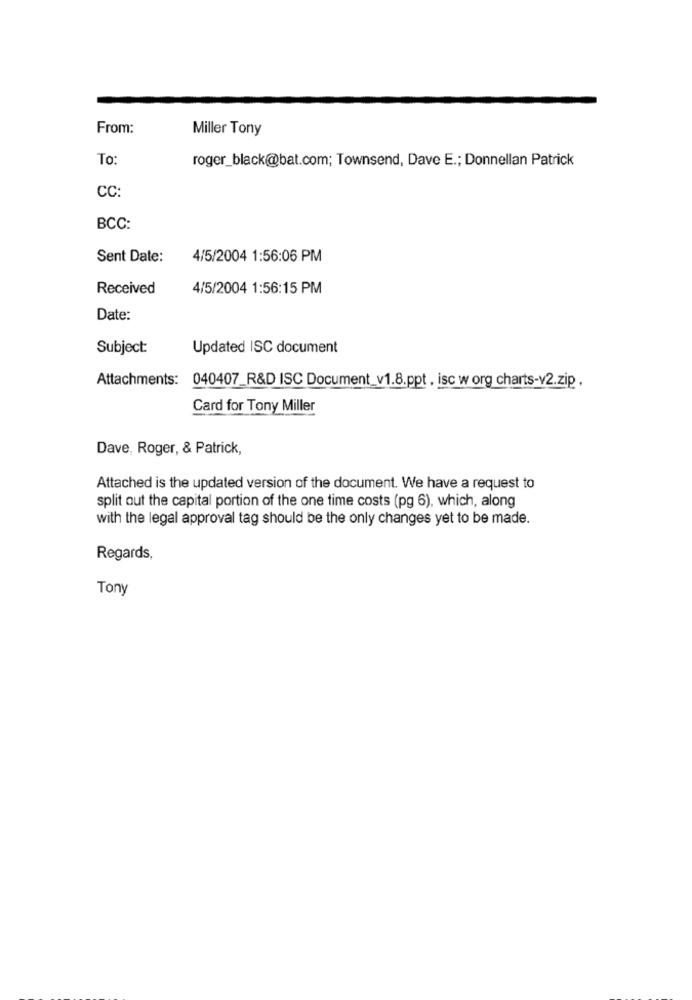
From:
Miller Tony
To:
roger_black@bat.com; Townsend, Dave E .; Donnellan Patrick
CC:
BCC:
Sent Date:
4/5/2004 1:56:06 PM
Received
4/5/2004 1:56:15 PM
Date:
Subject:
Updated ISC document
Attachments: 040407_R&D ISC Document_v1.8.ppt, isc w org charts-v2.zip.
Card for Tony Miller
Dave, Roger, & Patrick,
Attached is the updated version of the document. We have a request to
split out the capital portion of the one time costs (pg 6), which, along
with the legal approval tag should be the only changes yet to be made.
Regards,
Tony